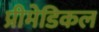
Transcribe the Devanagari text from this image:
प्रीमेडिकल